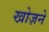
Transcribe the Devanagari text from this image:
खोज़ने